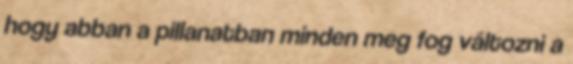
hogy abban a pillanatban minden meg fog változni a